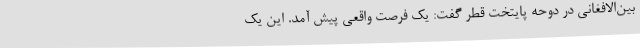
بین‌الافغانی در دوحه پایتخت قطر گفت: یک فرصت واقعی پیش آمد. این یک